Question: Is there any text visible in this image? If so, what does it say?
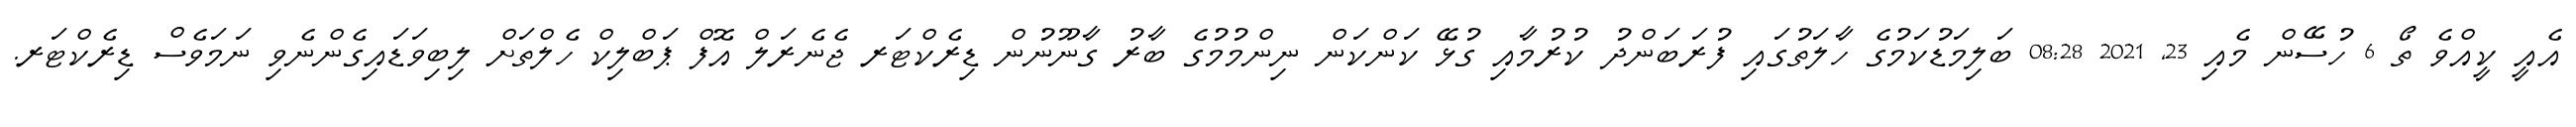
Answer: އެއީ ކީއްވެ ތޯ 6 ހުސޭން މެއި 23, 2021 08:28 ބަލިމަޑުކަމުގެ ހާލަތުގައި ފުރަބަންދު ކުރުމާއި ގުޅޭ ކަންކަން ނިންމުމުގެ ބާރު ގާނޫނުން ޑިރެކްޓަރ ޖެނެރަލް އޮފް ޕަބްލިކް ހެލްތަށް ލިބިވަޑައިގެންނެވި ނަމަވެސް ޑިރެކްޓަރ.